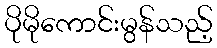
ပိုမိုကောင်းမွန်သည့်